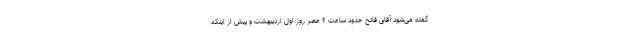
گفته می‌شود آقای فاتح حدود ساعت ۶ عصر روز اول اردیبهشت و پیش از اینکه